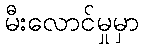
မီးလောင်မှုမှာ